Lunatic asylums Punjab 1881-1894 - 1881-1894
Year: 1881
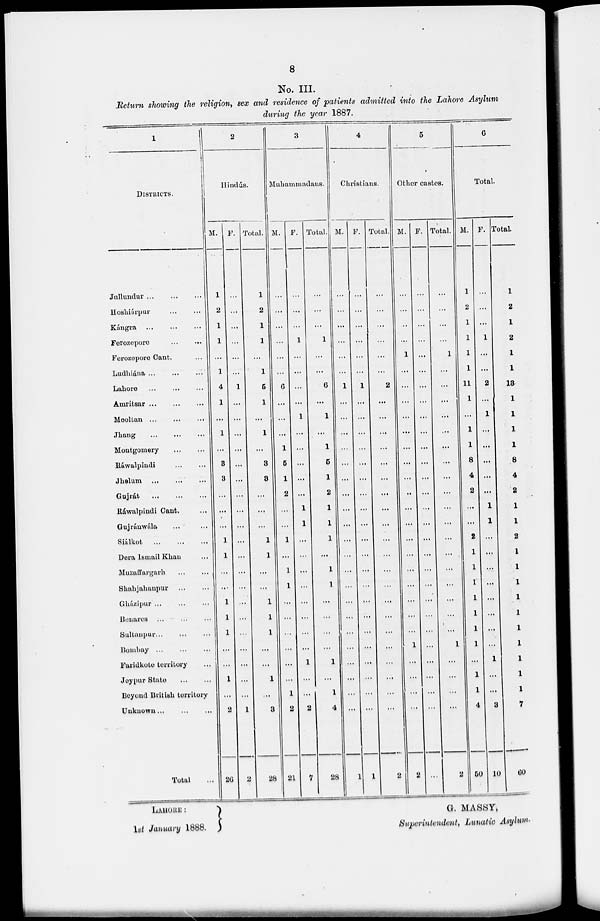
8
No. III.
Return showing the religion, sex and residence of patients admitted into the Lahore Asylum
during the year 1887.
1
DISTRICTS.
Jullundur ... ... ...
Hoshiárpur ... ... ...
Kángra
...
...
...
Ferozepore ... ... ...
Ferozepore Cant. ... ... ...
Ludhi&na ... ... ...
Lahore ... ... ...
Amritsar ... ... ...
Mooltan ... ... ...
Jhang ... ... ...
Montgomery ... ... ...
Ráwalpindi ... ... ...
Jhelum ... ... ...
Gajrát
...
...
...
Ráwalpindi Cant. ... ... ...
Gujránwála ... ... ...
Siálkot
...
...
...
Dera Ismail Khan ... ... ...
Muzuffargarh ... ... ...
Shahjahanpur ... ... ...
Gházipur ... ... ...
Benares ... ... ...
Sultanpur ... ... ...
Bombay ... ... ...
Faridkote torritory ... ... ...
Joypur State ... ... ...
Beyond British territory
Unknown
...
...
...
Total ...
2
Hindús.
M.
1
2
1
1
...
1
4
1
...
1
...
3
3
...
...
...
1
1
...
...
1
1
1
...
...
1
...
2
26
F.
...
...
...
...
...
...
1
...
...
...
...
...
...
...
...
...
...
...
...
...
...
...
...
...
...
...
...
1
2
Total.
1
2
1
1
...
1
5
1
...
1
...
3
3
...
...
...
1
1
...
...
1
1
1
...
...
1
...
3
28
3
Muhammadaus.
M.
...
...
...
...
...
...
6
...
...
...
1
5
1
2
...
...
1
...
1
1
...
...
...
...
...
...
1
2
21
F.
...
...
...
1
...
...
...
...
1
...
...
...
...
...
1
1
...
...
...
...
...
...
...
...
1
...
...
2
1
Total.
...
...
...
1
...
...
6
...
1
...
1
5
1
2
1
1
1
...
1
1
...
...
...
...
1
...
1
4
28
4
Christians.
M.
...
...
...
...
...
...
1
...
...
...
...
...
...
...
...
...
...
...
...
...
...
...
...
...
...
...
...
...
1
F.
...
...
...
...
...
...
1
...
...
...
...
...
...
...
...
...
...
...
...
...
...
...
...
...
...
...
...
...
1
Total.
...
...
...
...
...
...
2
...
...
...
...
...
...
...
...
...
...
...
...
...
...
...
...
...
...
...
...
...
2
5
Other castes.
M.
...
...
...
...
1
...
...
...
...
...
...
...
...
...
...
...
...
...
...
...
...
...
...
1
...
...
...
...
2
F.
...
...
...
...
...
...
...
...
...
...
...
...
...
...
...
...
...
...
...
...
...
...
...
...
...
...
...
...
...
Total.
...
...
...
...
1
...
...
...
...
...
...
...
...
...
...
...
...
...
...
...
...
...
...
1
...
...
...
...
2
6
Total.
M.
1
2
1
1
1
1
11
1
...
1
1
8
4
2
...
...
2
1
1
1
1
1
1
1
...
1
1
4
50
F.
...
...
...
1
...
...
2
...
1
.. .
. ..
. . .
...
. . .
1
1
...
...
...
...
...
...
...
...
1
. . .
...
3
10
Total.
1
2
1
2
1
1
18
1
1
1
1
8
4
2
1
1
2
1
1
1
1
1
1
1
1
1
1
7
60
LAHORE
:
G. MASSY,
1st January 1888.
Superintendent, Lunatic Asylum.